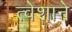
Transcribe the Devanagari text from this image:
त्वेशाने